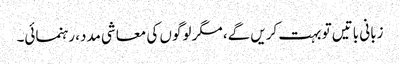
زبانی باتیں تو بہت کریں گے، مگر لوگوں کی معاشی مدد، رہنمائی۔